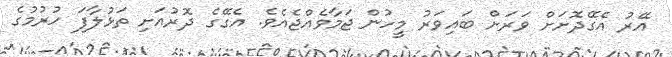
އޭރު އެގޭދޮށަށް ވަރަށް ބައިވަރު މީހުން ޖަމާވެއްޖެއެވެ. އެގޭގެ ދޮރުއަށި ތަޅުލާފަ ހުރުމުގެ